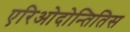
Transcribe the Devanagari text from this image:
एरिओदोन्तितिस